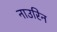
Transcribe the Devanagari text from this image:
नाउरिन